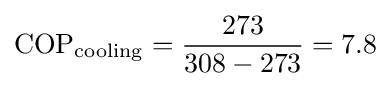
{\rm {COP}}_{\rm {cooling}}={\frac {273}{308-273}}=7.8